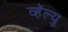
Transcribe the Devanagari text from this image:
व्हॅल्यु